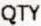
QTY